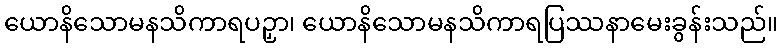
ယောနိသောမနသိကာရပဉှာ၊ ယောနိသောမနသိကာရပြဿနာမေးခွန်းသည်။